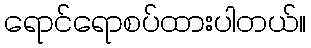
ရောင်ရောစပ်ထားပါတယ်။